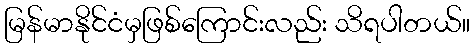
မြန်မာနိုင်ငံမှဖြစ်ကြောင်းလည်း သိရပါတယ်။